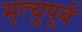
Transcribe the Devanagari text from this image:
मृत्युपूर्व